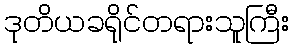
ဒုတိယခရိုင်တရားသူကြီး